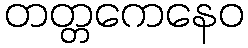
တတ္တကေနေဝ